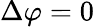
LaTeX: \Delta\varphi=0